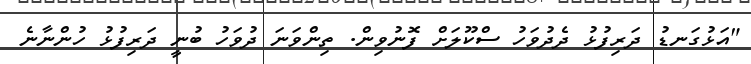
"އަޅުގަނޑު ދަރިފުޅު ދެދުވަހު ސްކޫލަށް ފޮނުވިން. ތިންވަނަ ދުވަހު ބުނީ ދަރިފުޅު ހުންނާނެ